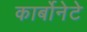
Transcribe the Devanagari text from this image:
कार्बोनेटे